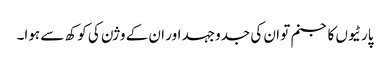
پارٹیوں کا جنم تو ان کی جدوجہد اور ان کے وژن کی کوکھ سے ہوا۔